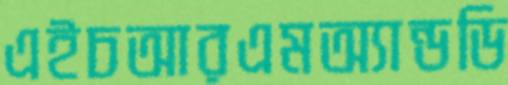
এইচআরএমঅ্যান্ডডি